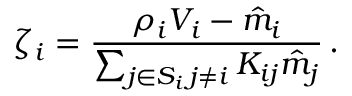
\zeta _ { i } = \frac { \rho _ { i } V _ { i } - \hat { m } _ { i } } { \sum _ { \substack { j \in S _ { i } \, j \neq i } } K _ { i j } \hat { m } _ { j } } \, .